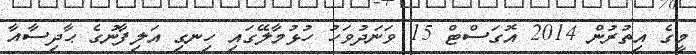
މީގެ އިތުރުން 2014 އޮގަސްޓް 15 ވަނަދުވަހު ހުޅުމާލޭގައި ހިނގި އަލިފާނުގެ ޙާދިސާއާ